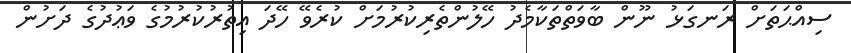
ސިއްޙަތަށް ރަނގަޅު ނޫން ބާވަތްތަކާމެދު ހޭލުންތެރިކުރުމަށް ކުރެވޭ ހޭދަ އިތުރުކުރުމުގެ ވަޢުދުގެ ދަށުން